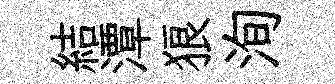
結潭狼洵